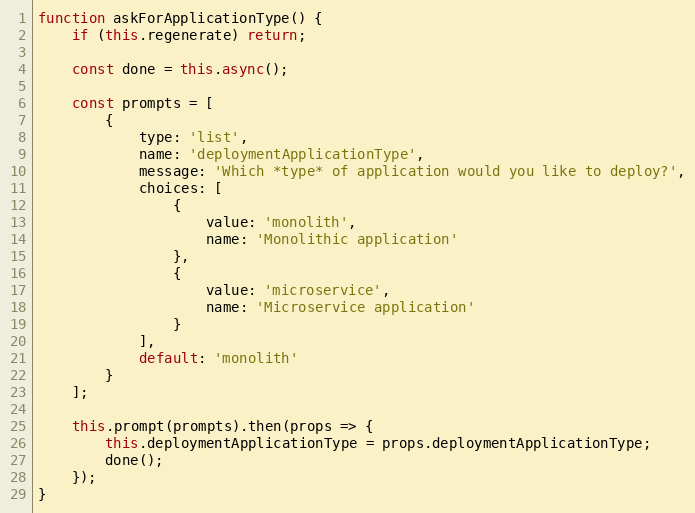
Language: JavaScript
function askForApplicationType() {
    if (this.regenerate) return;

    const done = this.async();

    const prompts = [
        {
            type: 'list',
            name: 'deploymentApplicationType',
            message: 'Which *type* of application would you like to deploy?',
            choices: [
                {
                    value: 'monolith',
                    name: 'Monolithic application'
                },
                {
                    value: 'microservice',
                    name: 'Microservice application'
                }
            ],
            default: 'monolith'
        }
    ];

    this.prompt(prompts).then(props => {
        this.deploymentApplicationType = props.deploymentApplicationType;
        done();
    });
}